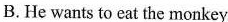
B.He wants to eat the monkey.